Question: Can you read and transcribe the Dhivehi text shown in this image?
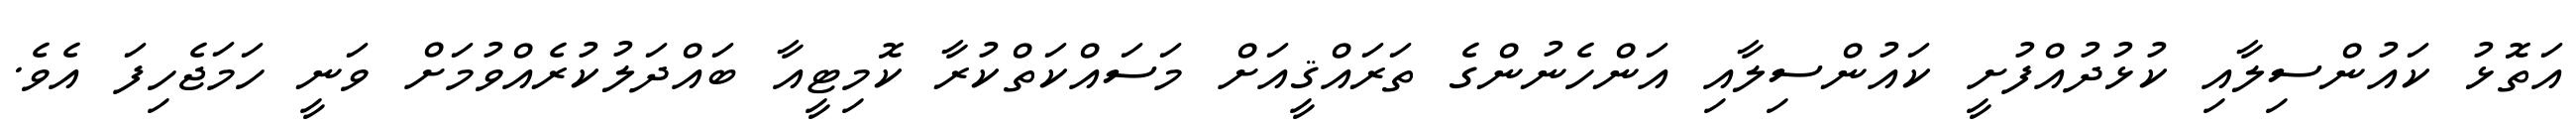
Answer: އަތޮޅު ކައުންސިލާއި ކުޅުދުއްފުށީ ކައުންސިލާއި އަންހެނުންގެ ތަރައްޤީއަށް މަސައްކަތްކުރާ ކޮމިޓީއާ ބައްދަލުކުރެއްވުމަށް ވަނީ ހަމަޖެހިފަ އެވެ.